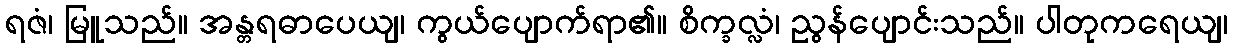
ရဇံ၊ မြူသည်။ အန္တရဓာပေယျ၊ ကွယ်ပျောက်ရာ၏။ စိက္ခလ္လံ၊ ညွန်ပျောင်းသည်။ ပါတုကရေယျ၊